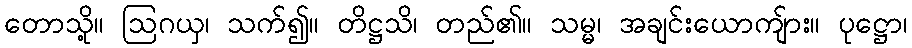
တောသို့။ ဩဂယှ၊ သက်၍။ တိဋ္ဌသိ၊ တည်၏။ သမ္မ၊ အချင်းယောကျ်ား။ ပုဋ္ဌော၊